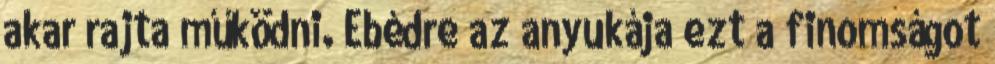
akar rajta működni. Ebédre az anyukája ezt a finomságot